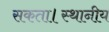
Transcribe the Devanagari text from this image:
सकता।स्थानीय